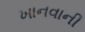
ખાનવાની